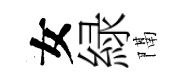
女緑隔